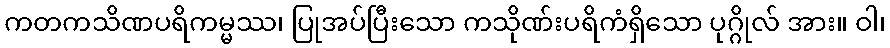
ကတကသိဏပရိကမ္မဿ၊ ပြုအပ်ပြီးသော ကသိုဏ်းပရိကံရှိသော ပုဂ္ဂိုလ် အား။ ဝါ၊